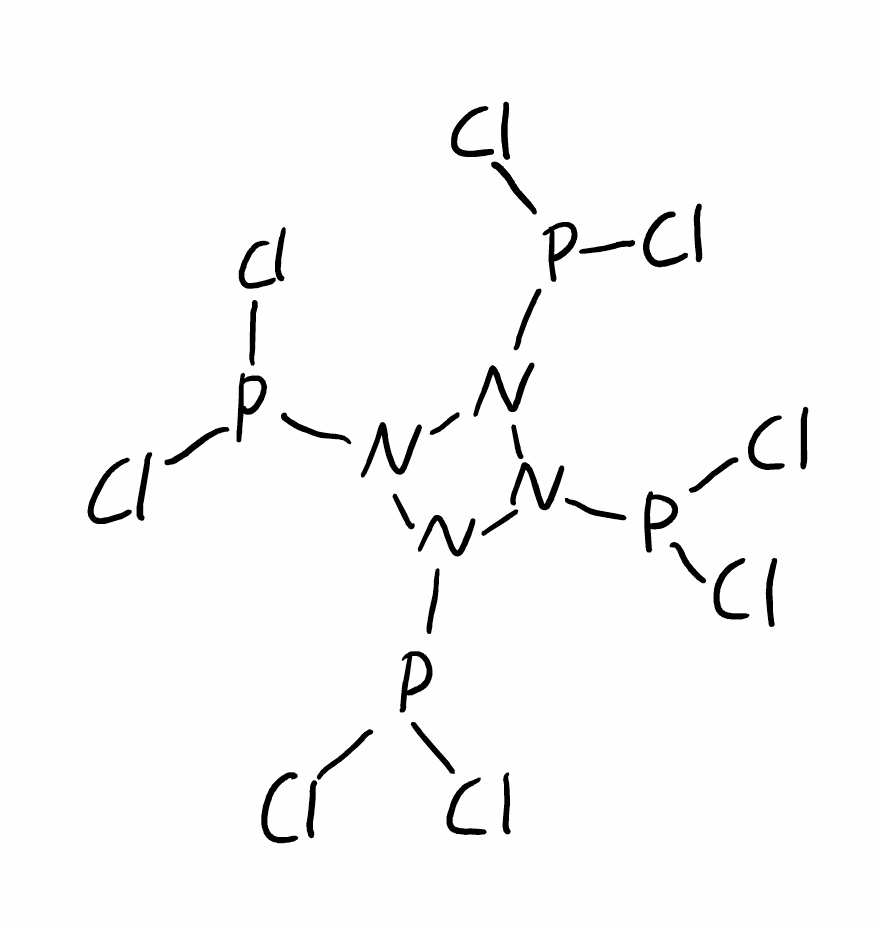
Simplified molecular-input line-entry system (SMILES) notation of the given molecule:
N1(N(N(N1P(Cl)Cl)P(Cl)Cl)P(Cl)Cl)P(Cl)Cl